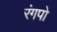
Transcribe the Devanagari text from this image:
रंगपो